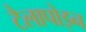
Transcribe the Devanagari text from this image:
टैलापोइन